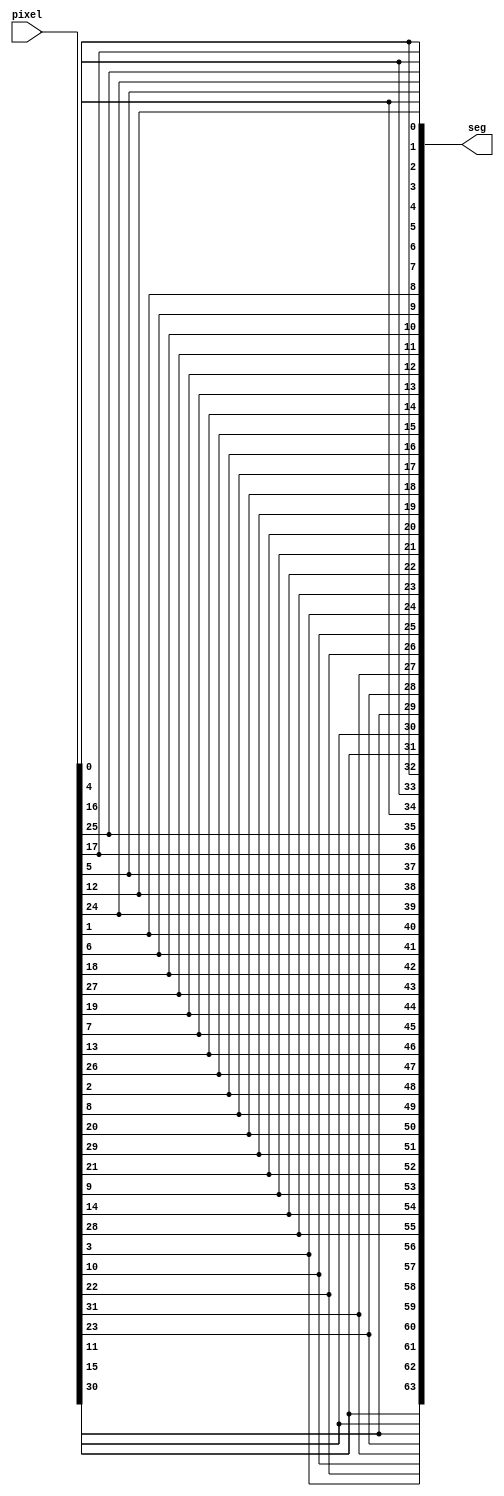
/**
 * Hex Map to Pixel
 * @author Zengkai Jiang
 * @date 2018.08.27
 */


module PixelMap(
    input wire [31:0] pixel,
    output wire [63:0] seg
    );


assign seg = {
    pixel[30], pixel[15],  pixel[11], pixel[23], pixel[31], pixel[22],  pixel[10], pixel[3],
    pixel[28], pixel[14],  pixel[9],  pixel[21], pixel[29], pixel[20],  pixel[8],  pixel[2],
    pixel[26], pixel[13],  pixel[7],  pixel[19], pixel[27], pixel[18],  pixel[6],  pixel[1],
    pixel[24], pixel[12],  pixel[5],  pixel[17], pixel[25], pixel[16],  pixel[4],  pixel[0],

    pixel[30], pixel[15],  pixel[11], pixel[23], pixel[31], pixel[22],  pixel[10], pixel[3],
    pixel[28], pixel[14],  pixel[9],  pixel[21], pixel[29], pixel[20],  pixel[8],  pixel[2],
    pixel[26], pixel[13],  pixel[7],  pixel[19], pixel[27], pixel[18],  pixel[6],  pixel[1],
    pixel[24], pixel[12],  pixel[5],  pixel[17], pixel[25], pixel[16],  pixel[4],  pixel[0]};


//        3            2            1            0
//     -------      -------      -------      -------
//   11|     |10   9|     |8    7|     |6    5|     |4
//     --15---      --14---      --13---      --12---
//   23|     |22  21|     |20  19|     |18  17|     |16
//     -------      -------      -------      -------
//       31   .       29   .       27   .       25   .
//            30           28           26           24


endmodule